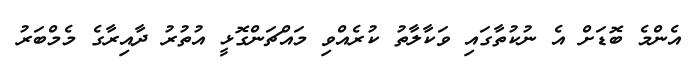
އެންމެ ބޮޑަށް އެ ނުކުތާގައި ވަކާލާތު ކުރެއްވި މައްޗަންގޮޅީ އުތުރު ދާއިރާގެ މެމްބަރު